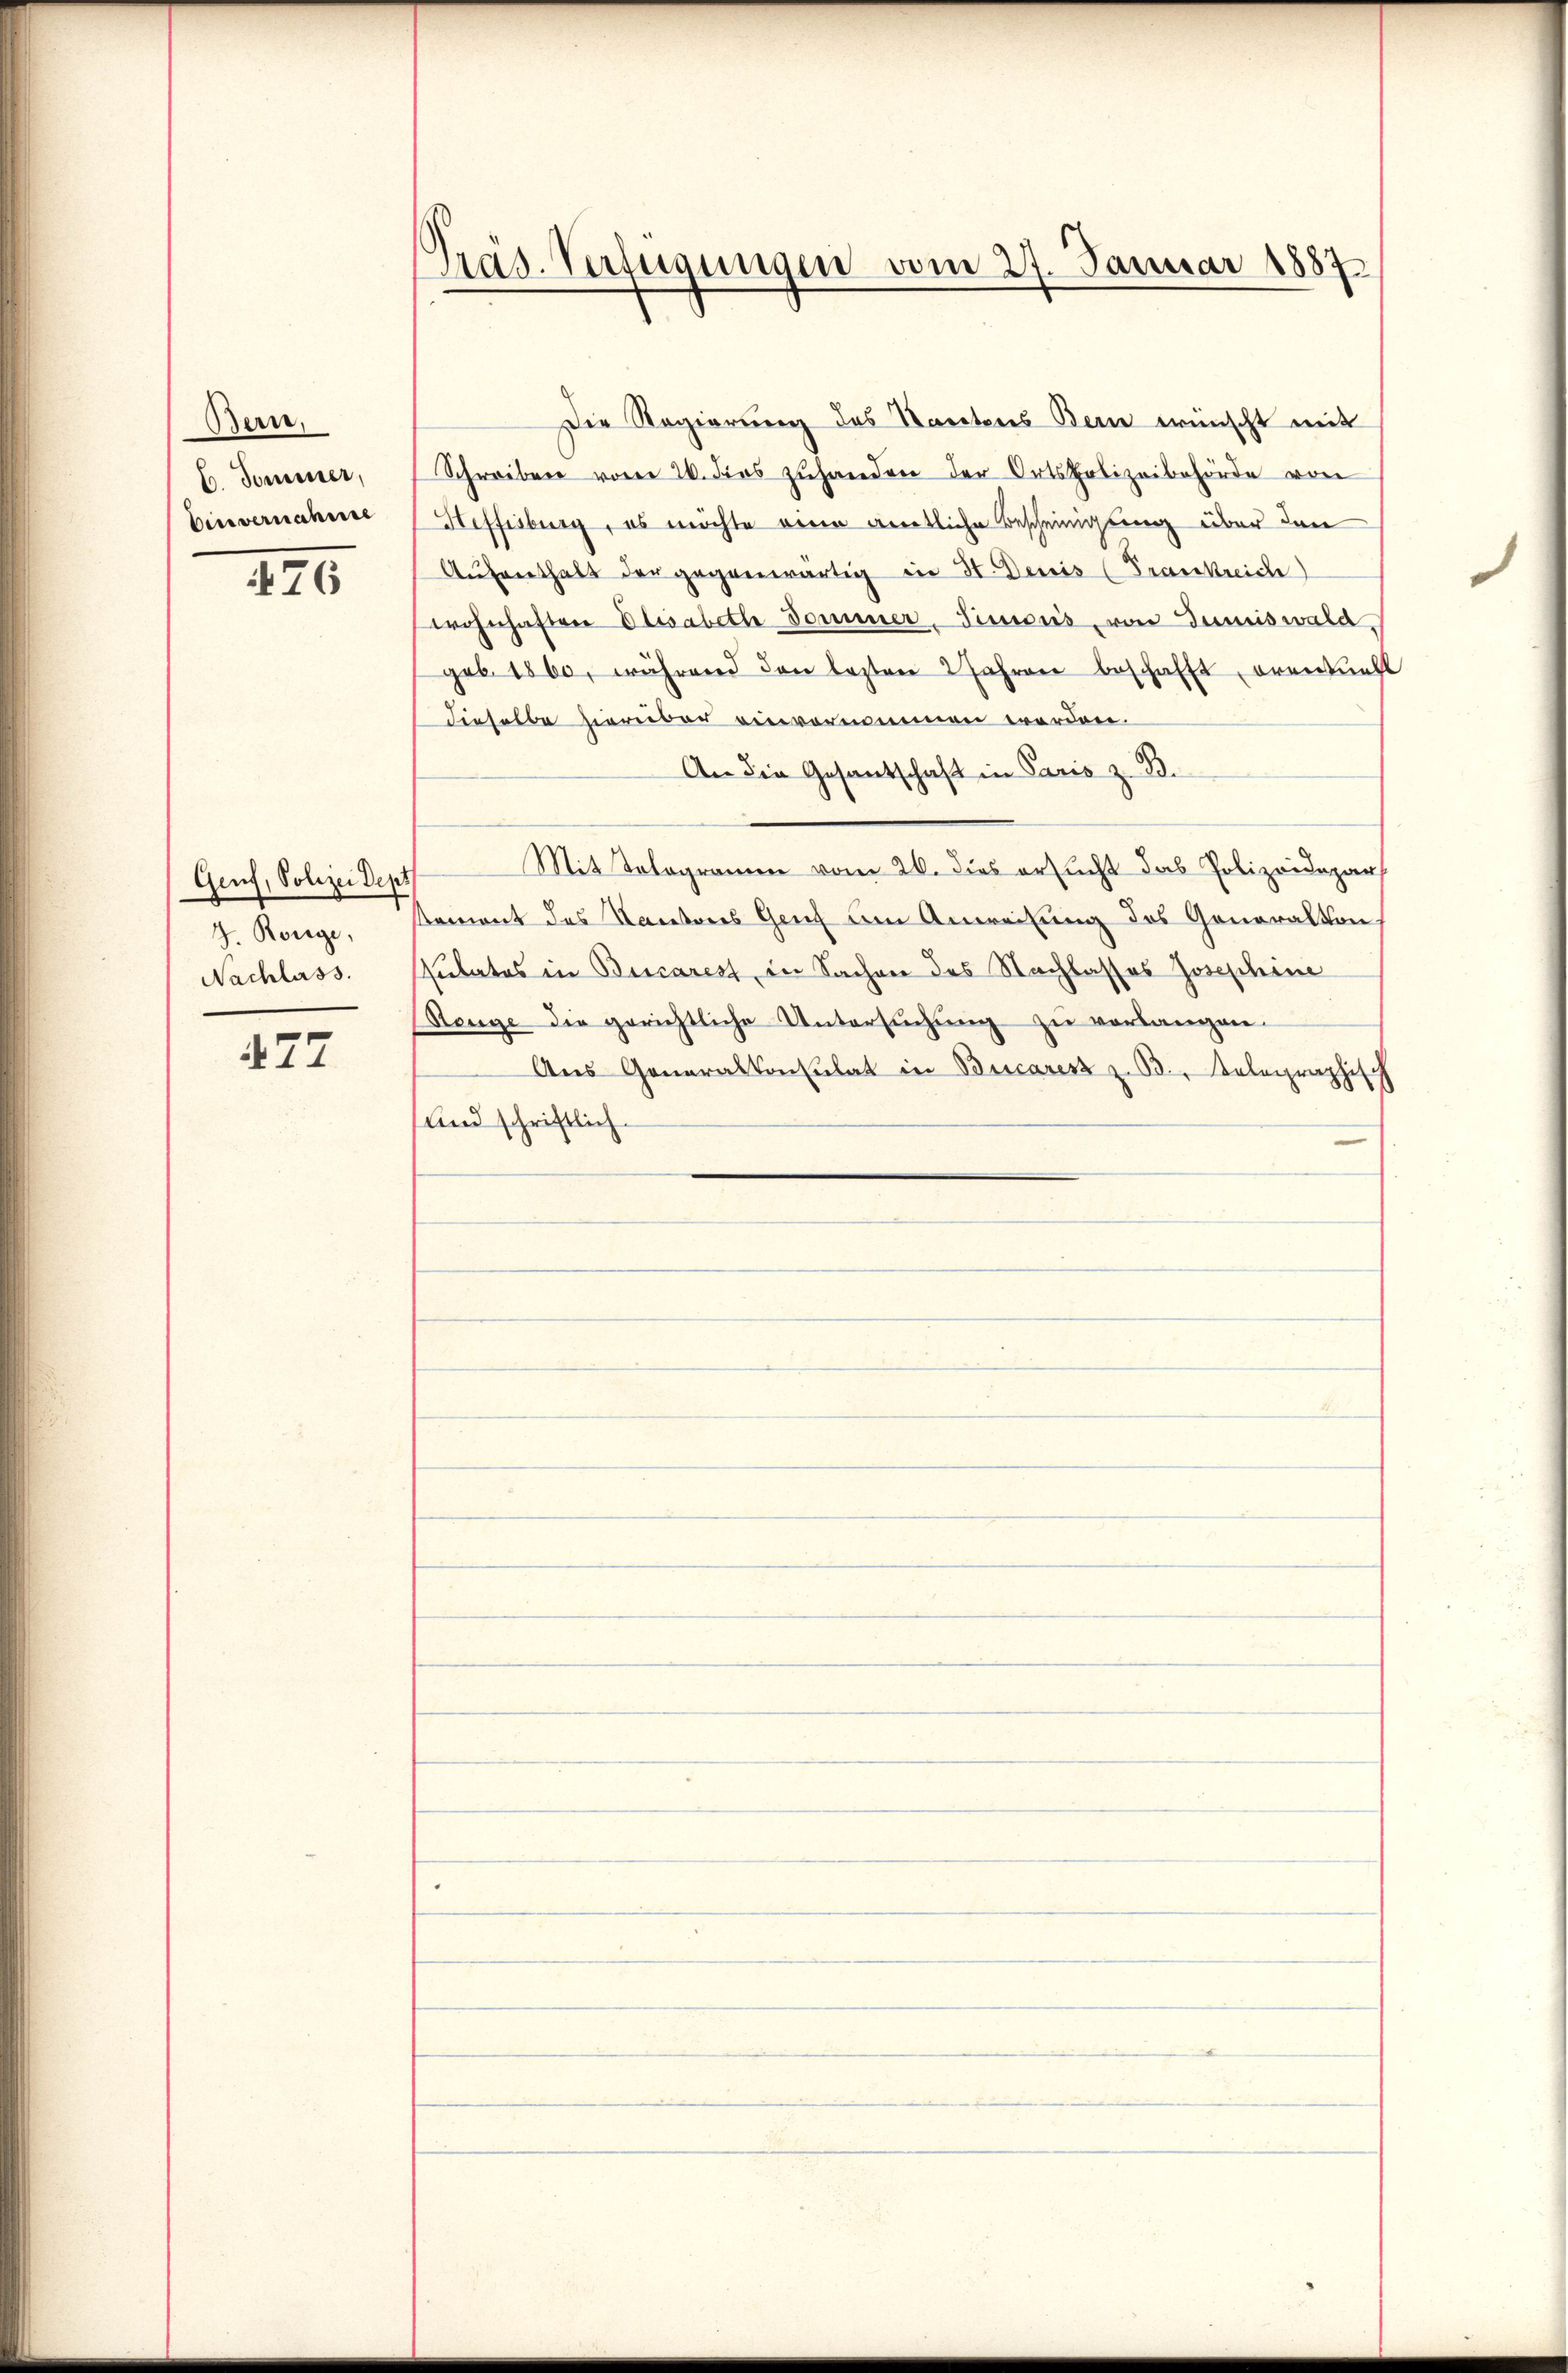
Bern,
C. Sommer,
Einvernahme

476

Genf, Polizei Dept
9. Ronge,
Nachlass.

477

Präs. Verfügungen vom 27. Januar 1887
.

Die Regierung des Wartens Bern wünscht mit
Schreiben vom 26. dies zuhanden der Ortspolizeibehörde von
Heffisburg, es möchte eine amtliche Bescheinigung über den
Aŭfverthalt der gegenwärtig in St. Denis (Frankreiche
wohnhaften Elisabeth Sommer-Simonis, von Juniiswald
geb. 1860, während den lezten 2 Jahren beschafft, orenkunft
dieselbe hierüber einvernommen werden.
An die Gesantschaft in Paris z. B.
Mit Tologramm vom 26. dies ersucht das Polizeidepar
sement des Kantons Genf um Anweisung des Generalton
sulates in Bucarest, in Sachen des Nachlasses Josephine
Stenge die gerichtliche Untersŭchŭng zŭ verlangen.
Aŭs Generalkonsulat in Bucares z. B., Relegraphisch
und schriftlich.